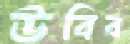
উবিব